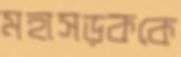
মহাসড়ককে